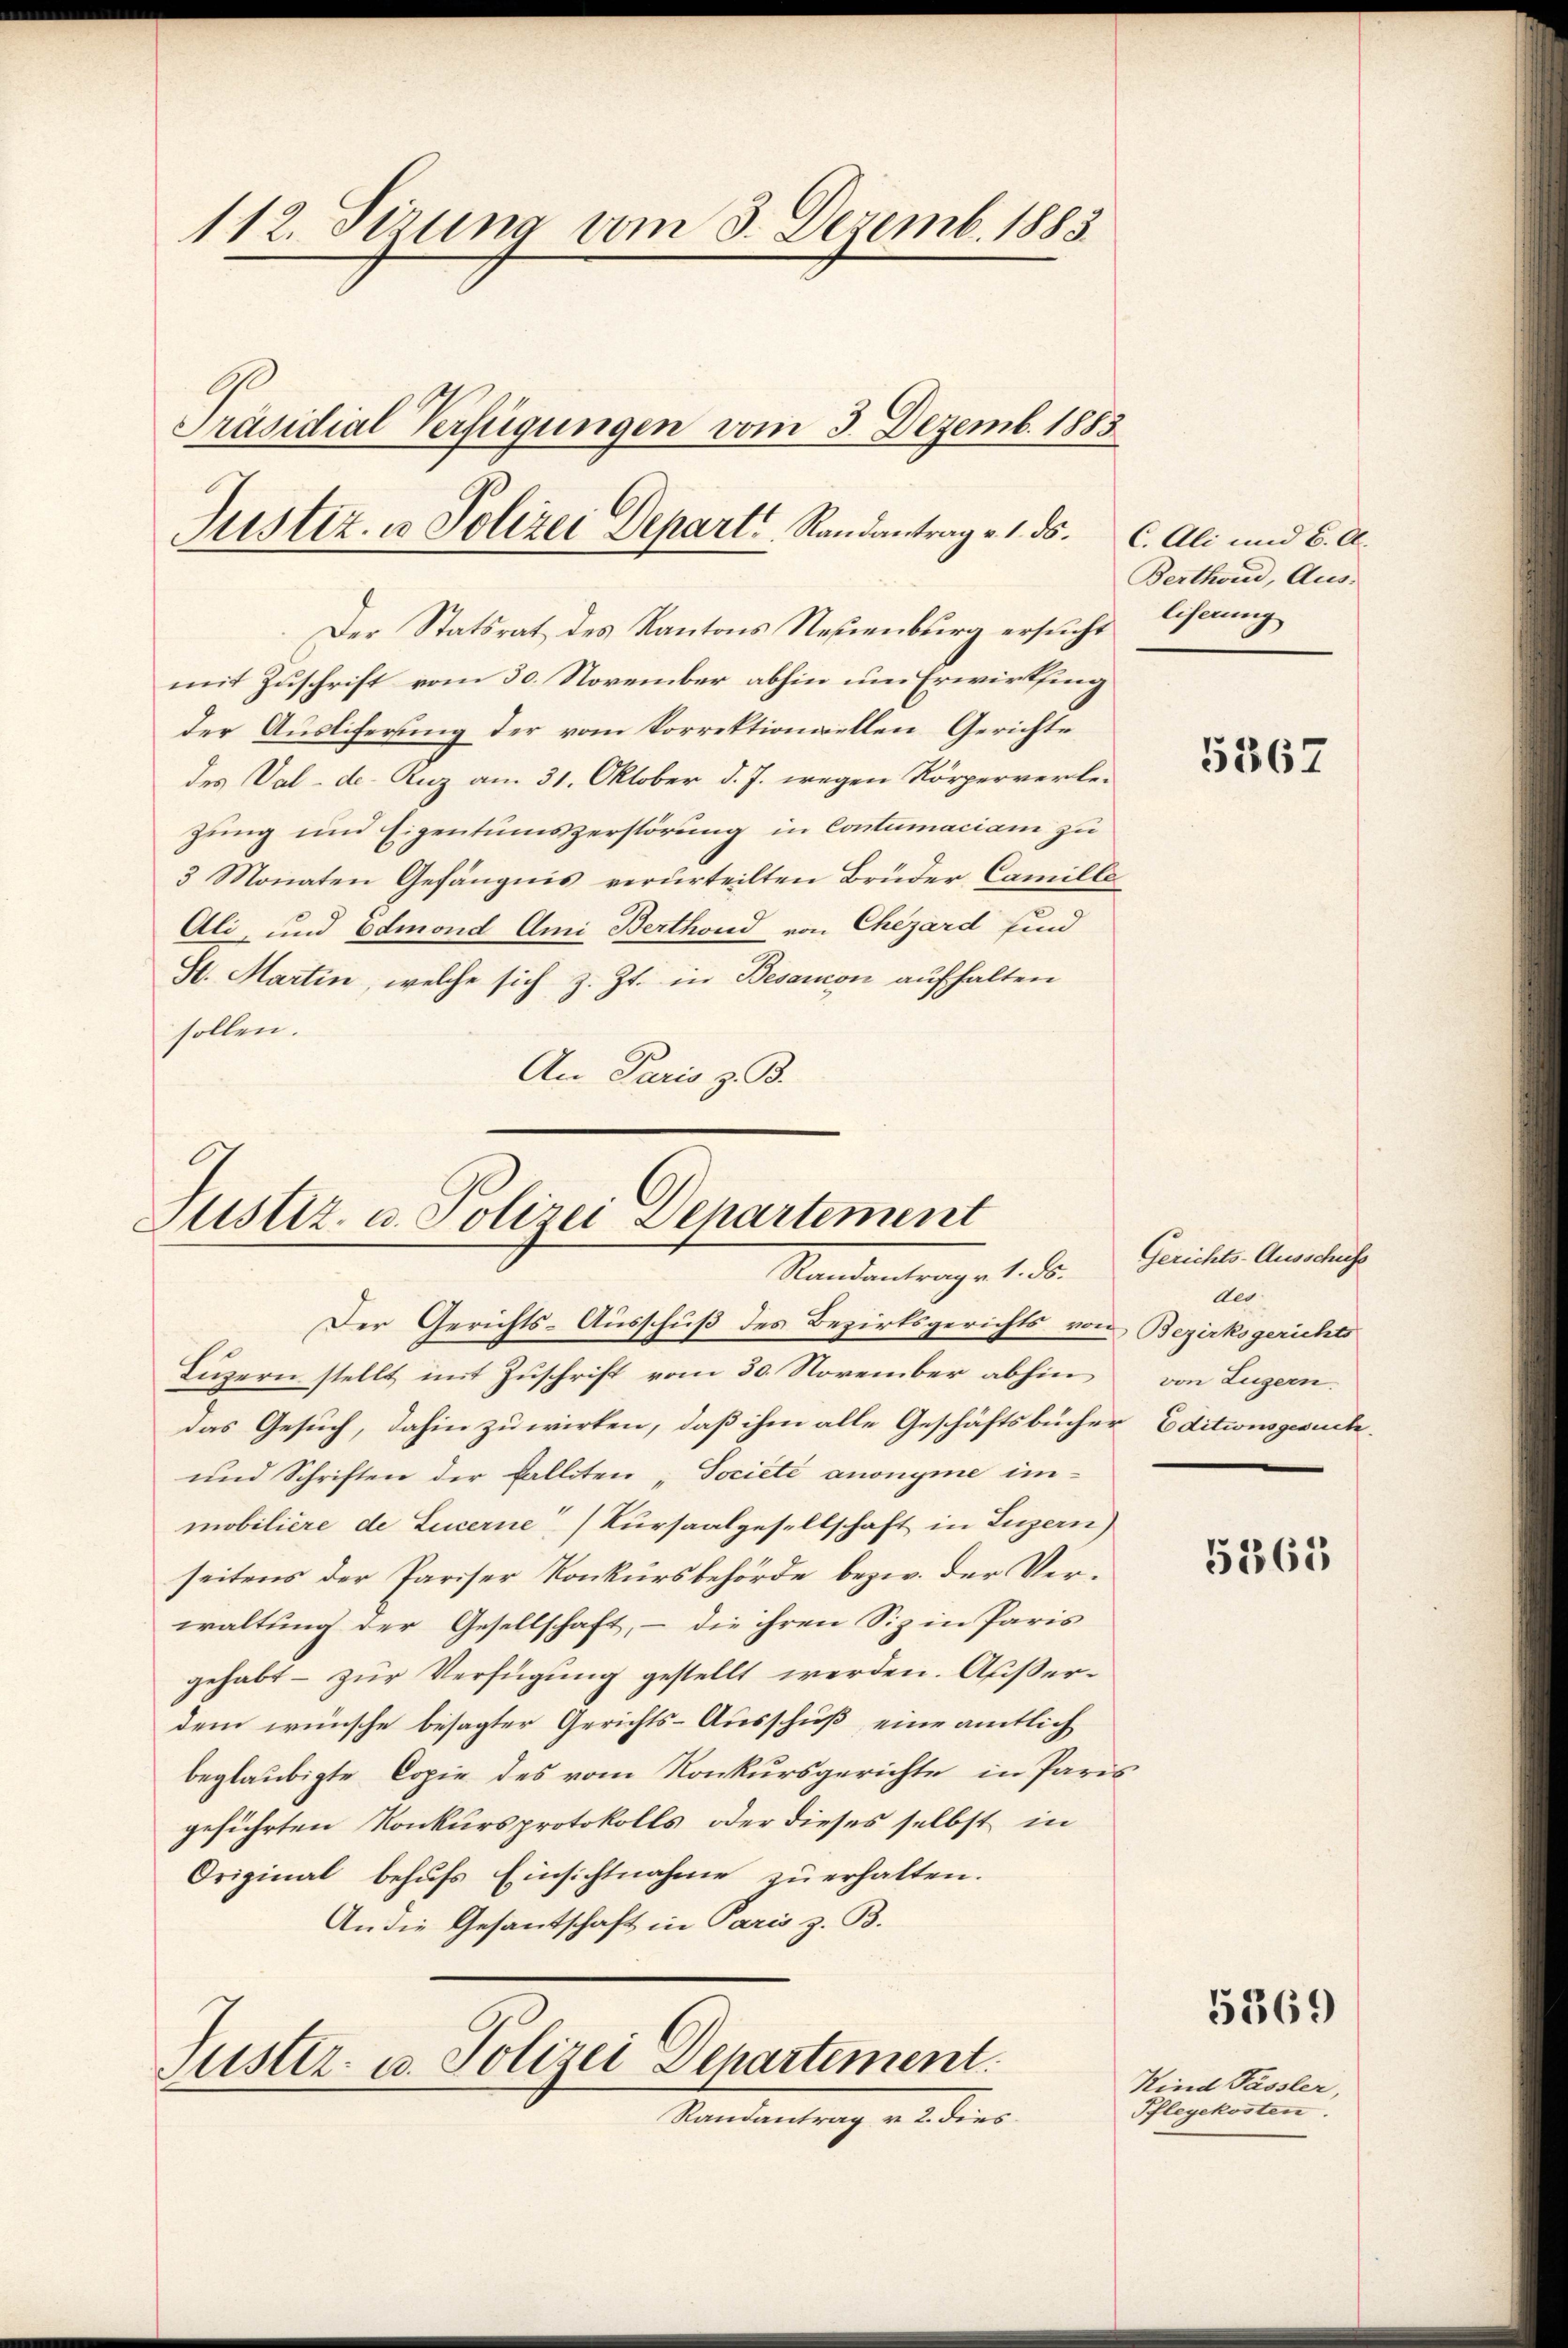
112. Sizung vom 3. Dezemb. 1883
Präsidial Verfügungen vom 3. Dezemb. 1883.
Justiz, u. Polizei Depart, Randantrag v. 1. ds. C. Ali und 6. A.

mit Zuschrift vom 30. November abhin um Erwirthing
der Ausliferung der vom Korrektionellen Gerichte
des Val-de. Auz am 31. Oktober d. J. wegen Körperverle-
zung und Eigentumszerstörung in Contumaciam zu
3 Monaten Gefängnis verurteilten Brüder Camille
Ali- und Edmond Ami Berthond von Chezárd sind
St. Martin, welche sich z. Zt. in Besaron aufhalten
sollen.
An Paris z. B.

Der Statsrat des Kantons Neuenburg ersucht

Justiz- u. Polizei Departement
Mandantrage 1 de
Der Gerichts-Ausschuß des Bezirksgerichts von Bezirksgerichts

Luzern stellt mit Zuschrift vom 30. November abhin
das Gesuch, dahin zu wirken, daß ihm alle Geschäftsbücher Editionsgesuch
und Schriften der Falliten „Societe anonyme im-
mobiliere de Lucerne Kursaalgesellschaft in Luzern)
seitens der Pariser Konkursbehörde bezw. der Verwaltung der Gesellschaft, – die ihren Siz in Paris
gehabt - zur Verfügung gestellt werden. Außerdem wünsche besagter Gerichts-Ausschuß, eine amtlich
beglaubigte Copie des vom Konkursgerichte in Paris
geführten Konkursprotokolls, oder dieses selbst in
Original behufs Einsichtnahme zu erhalten.
An die Gesandtschaft in Paris z. B.

Justiz- u. Polizei Departement.
Randantrag v. 2. dies

Berthond, Aus-
liferung

5367

Gerichts-Ausschufe
des
von Zugern.

5365

5369

Kind Pässler,
Pflegekosten.